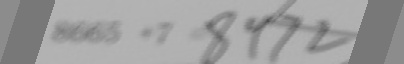
8 6 6 5 + 7 = 8 9 7 2